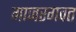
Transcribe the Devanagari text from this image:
गाजरगवत